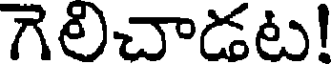
గెలిచాడట!